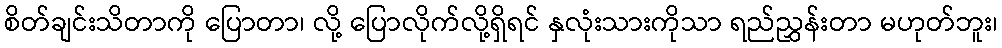
စိတ်ချင်းသိတာကို ပြောတာ၊ လို့ ပြောလိုက်လို့ရှိရင် နှလုံးသားကိုသာ ရည်ညွှန်းတာ မဟုတ်ဘူး၊